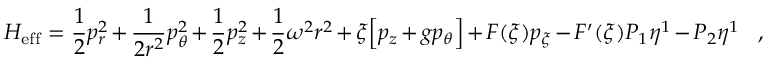
H _ { \mathrm { e f f } } = \frac { 1 } { 2 } p _ { r } ^ { 2 } + \frac { 1 } { 2 r ^ { 2 } } p _ { \theta } ^ { 2 } + \frac { 1 } { 2 } p _ { z } ^ { 2 } + \frac { 1 } { 2 } \omega ^ { 2 } r ^ { 2 } + \xi \Big [ p _ { z } + g p _ { \theta } \Big ] + F ( \xi ) p _ { \xi } - F ^ { \prime } ( \xi ) { \cal P } _ { 1 } \eta ^ { 1 } - { \cal P } _ { 2 } \eta ^ { 1 } \ \ \ ,